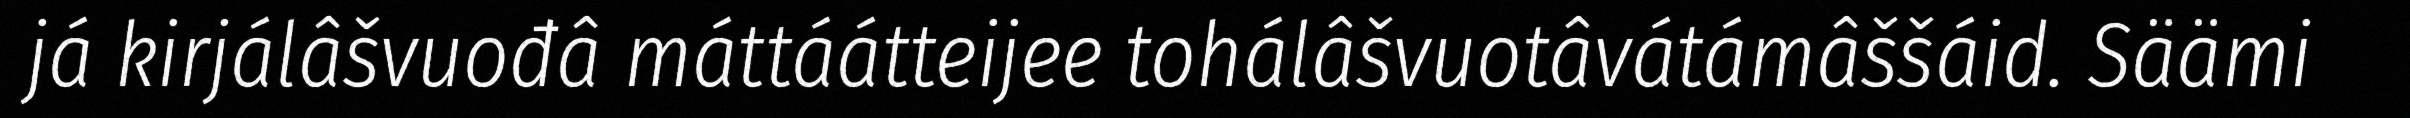
já kirjálâšvuođâ máttáátteijee tohálâšvuotâvátámâššáid. Säämi